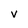
Character: v